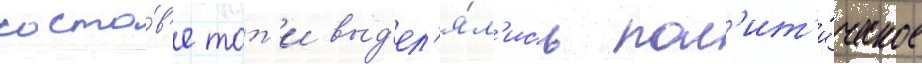
соста́в'е тот'и выд'ел'я́л'ись пол'ит'и́ческое